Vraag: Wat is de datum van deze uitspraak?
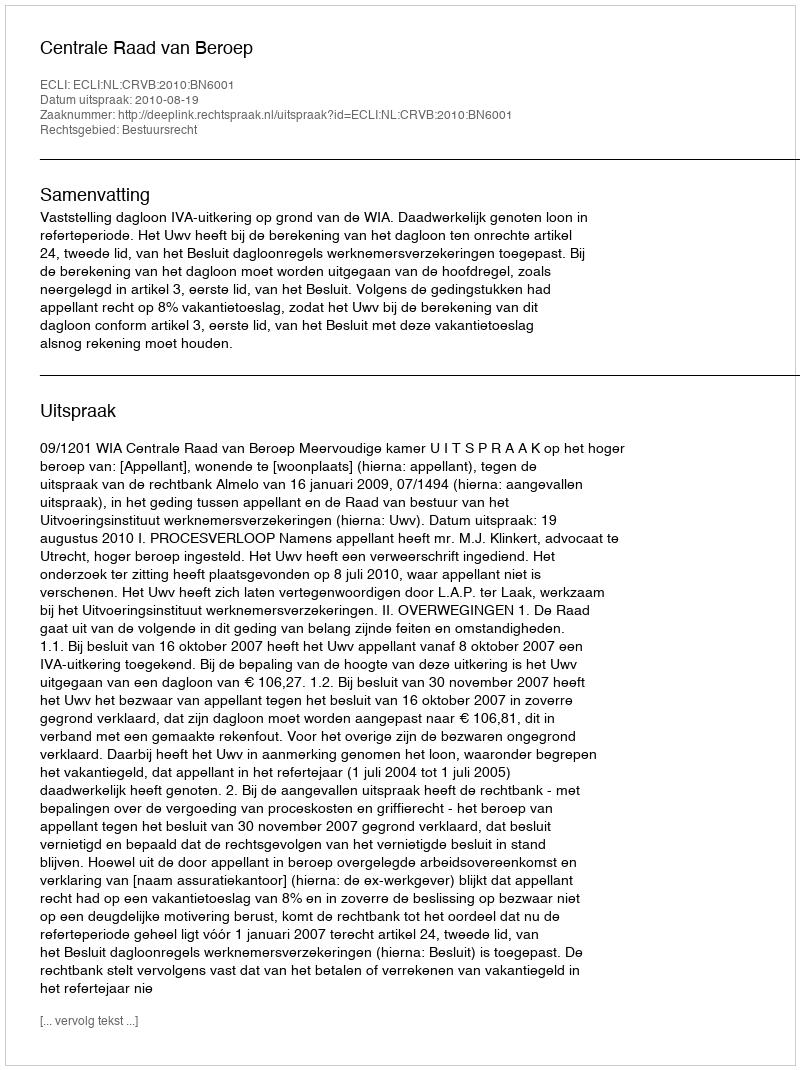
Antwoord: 2010-08-19